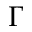
\Gamma